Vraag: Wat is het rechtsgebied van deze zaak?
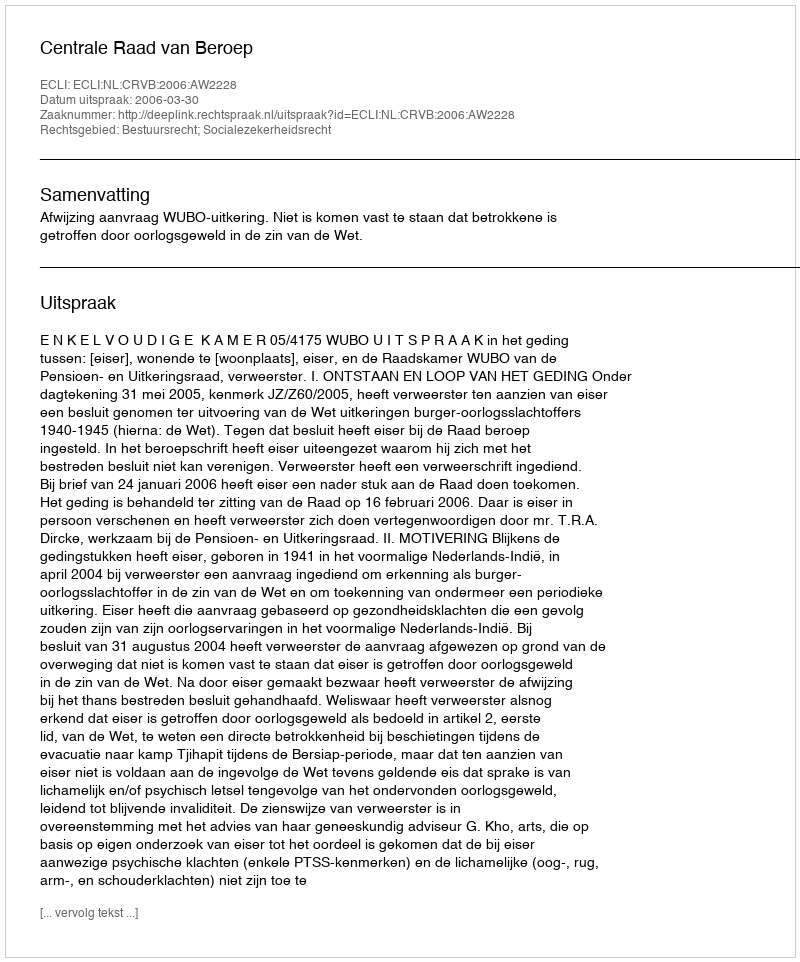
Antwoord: Bestuursrecht; Socialezekerheidsrecht